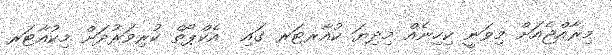
މިރާއްޖެއަށް މިވަނީ ކިހިނެއް މިދިޔަ ކުއާރޓަރ ގައި  އެކްޕޯތް ކުރިވަރުދަށް މިކުއާޓަރ